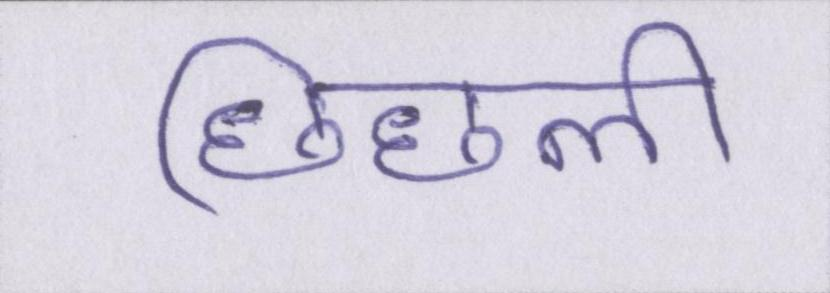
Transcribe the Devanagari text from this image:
छिछली